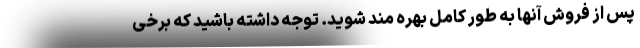
پس از فروش آنها به طور کامل بهره مند شوید. توجه داشته باشید که برخی